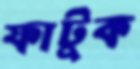
ফাটুক